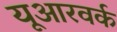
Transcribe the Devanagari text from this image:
यूआरवर्क